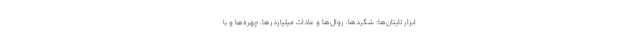
ابزار تایتان‌ها: شگردها، روال‌ها و عادات میلیاردرها، چهره‌ها و با